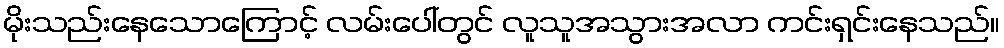
မိုးသည်းနေသောကြောင့် လမ်းပေါ်တွင် လူသူအသွားအလာ ကင်းရှင်းနေသည်။